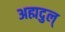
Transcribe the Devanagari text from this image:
अह्मदुल्